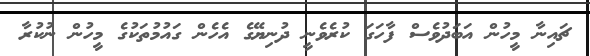
ޗައިނާ މީހުން އަބަދުވެސް ފާހަގަ ކުރެވެނީ ދުނިޔޭގެ އެހެން ގައުމުތަކުގެ މީހުން ނުކުރާ